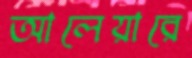
আলেয়ারে